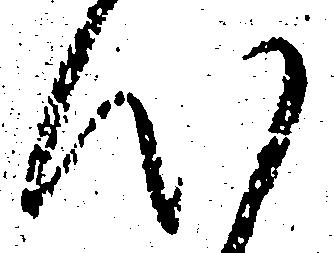
心